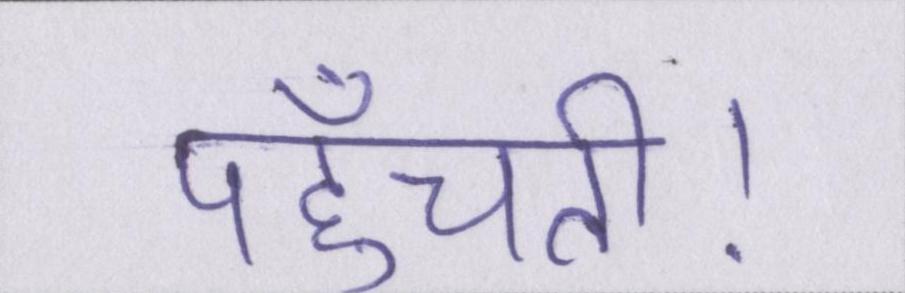
पहुँचती।